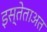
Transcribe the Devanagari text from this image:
इस्तेताअत